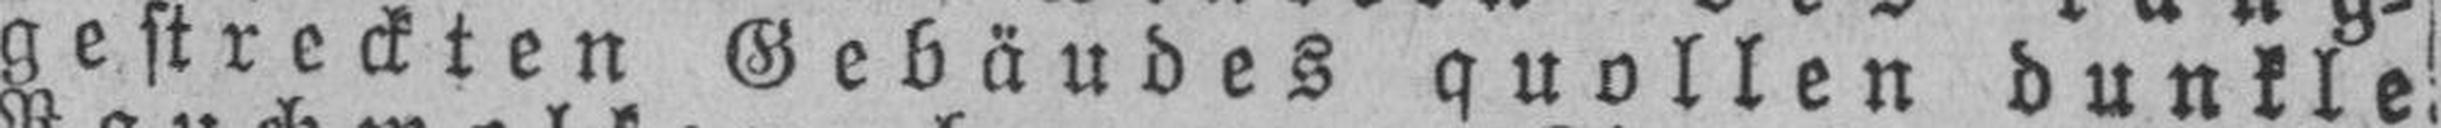
gestreckten Gebäudes quollen dunkle